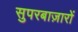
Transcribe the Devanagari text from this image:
सुपरबाज़ारों